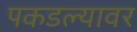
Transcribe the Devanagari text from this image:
पकडल्यावर